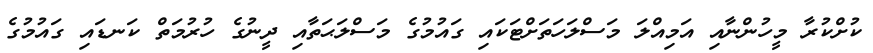
ކުށްކުރާ މީހުންނާއި އަމިއްލަ މަސްލަހަތަށްޓަކައި ގައުމުގެ މަސްލަޙަތާއި ދީނުގެ ހުރުމަތް ކަނޑައި ގައުމުގެ